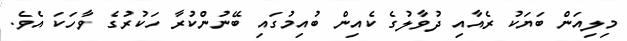
މިލިއަން ބަޔަކު ރެއާއި ދުވާލުގެ ކެއިން ބުއިމުގައި ބޭނުންކުރާ ހަކުރުގެ ވާހަކަ އެވެ.